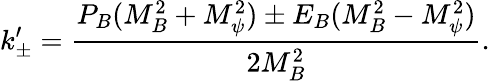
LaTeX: k_{\pm}^{\prime}=\frac{P_{B}(M_{B}^{2}+M_{\psi}^{2})\pm E_{B}(M_{B}^{2}-M_{\psi}^{2})}{2M_{B}^{2}}.